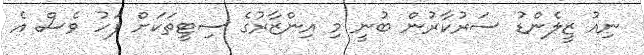
ނިއު ޒީލެންޑު ސަރުކާރުން ބުނީ މި އިންޒާރުގެ ސިޓީތަަކަށް ފަހު ވެސް އެ